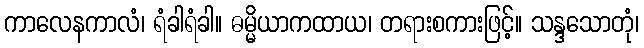
ကာလေနကာလံ၊ ရံခါရံခါ။ ဓမ္မိယာကထာယ၊ တရားစကားဖြင့်။ သန္ဒသောတုံ၊